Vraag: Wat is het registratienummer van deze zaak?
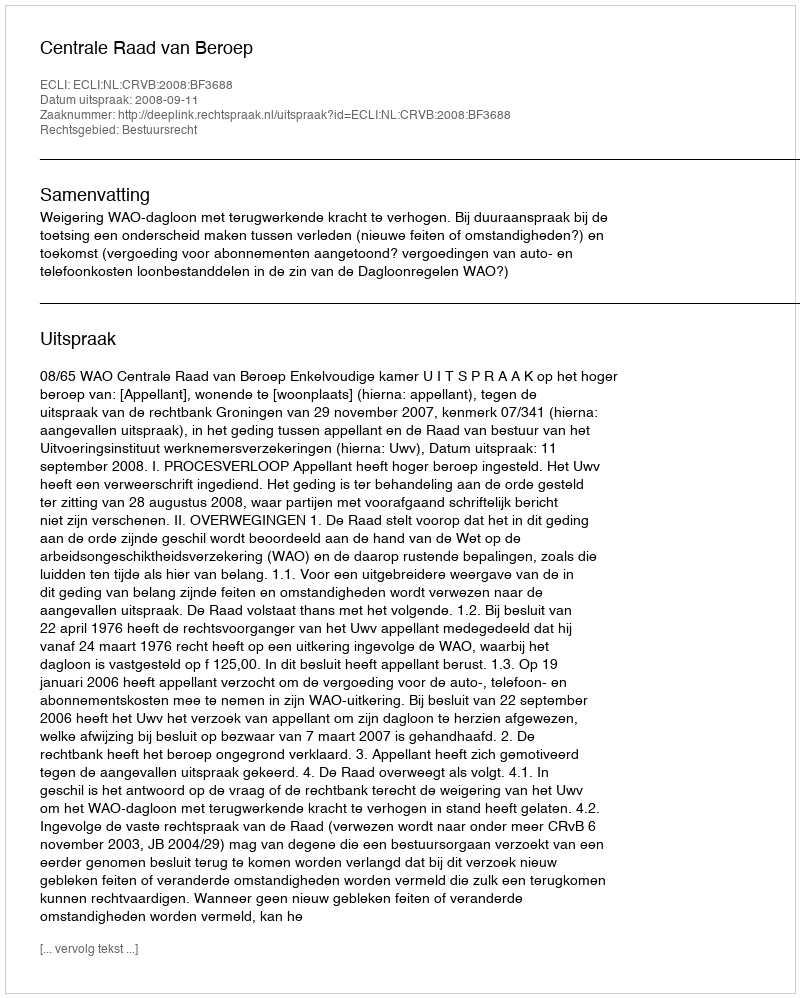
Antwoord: http://deeplink.rechtspraak.nl/uitspraak?id=ECLI:NL:CRVB:2008:BF3688